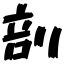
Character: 剖